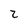
Character: 2